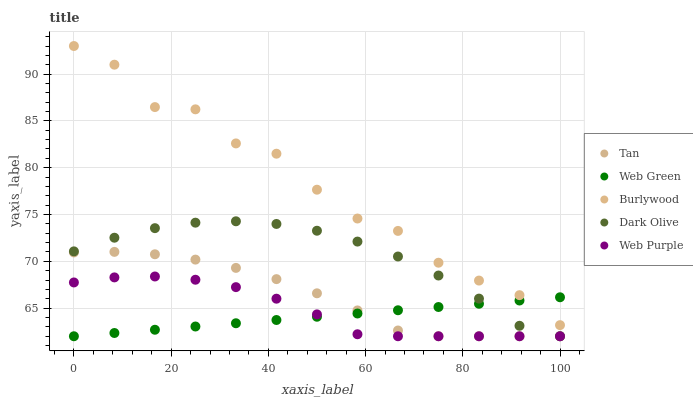
| xaxis_label | Tan | Web Green | Burlywood | Dark Olive | Web Purple |
 | --- | --- | --- | --- | --- | --- |
 | 0 | 71 | 62 | 93 | 71.1 | 67.7 |
 | 8.33 | 71 | 62.3 | 91 | 72.5 | 68.3 |
 | 16.7 | 70.8 | 62.7 | 86.5 | 73.5 | 68.4 |
 | 25 | 70.2 | 63 | 86.2 | 74.1 | 68 |
 | 33.3 | 69.3 | 63.4 | 82.6 | 74.3 | 67.2 |
 | 41.7 | 68.1 | 63.7 | 81.5 | 74 | 66 |
 | 50 | 66.6 | 64.1 | 77.7 | 73.3 | 64.3 |
 | 58.3 | 64.8 | 64.4 | 74.6 | 72.1 | 62.2 |
 | 66.7 | 62.6 | 64.8 | 73.3 | 70.5 | 62 |
 | 75 | 62 | 65.1 | 69.9 | 68.5 | 62 |
 | 83.3 | 62 | 65.5 | 67.9 | 66 | 62 |
 | 91.7 | 62 | 65.8 | 66.4 | 63.1 | 62 |
 | 100 | 62 | 66.2 | 63.2 | 62 | 62 |